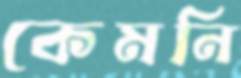
কেমনি